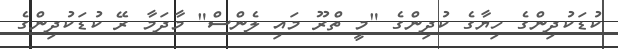
ކުޑަކުދިންގެ ހިޔާގެ ކުދިންގެ "މީ ތްރޫ މައި ލެންސް" މާދަމާ ރޭ ކުޑަކުދިންގެ